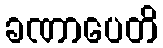
ခဏာပေတိ